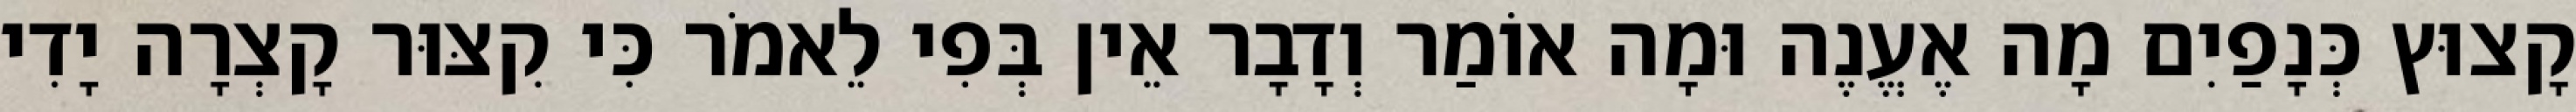
קָצוּץ כְּנָפַיִם מָה אֶעֱנֶה וּמָה אוֹמַר וְדָבָר אֵין בְּפִי לֵאמֹר כִּי קִצּוּר קָצְרָה יָדִי